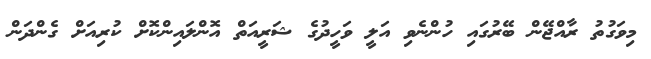
މިވަގުތު ރާއްޖޭން ބޭރުގައި ހުންނެވި އަލީ ވަހީދުގެ ޝަރީއަތް އޮންލައިންކޮށް ކުރިއަށް ގެންދަން